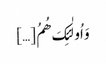
وَ اُولٰئِکَ ھُمُ […]